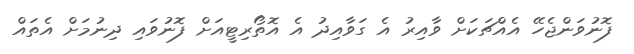
ފޮނުވަންޖެހޭ އެއްޗަކަށް ވާއިރު އެ ގަވާއިދު އެ އޮތޯރިޓީއަށް ފޮނުވައި ދިނުމަށް އެތައް